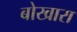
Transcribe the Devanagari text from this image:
बोखारा